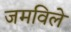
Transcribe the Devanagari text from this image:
जमविले